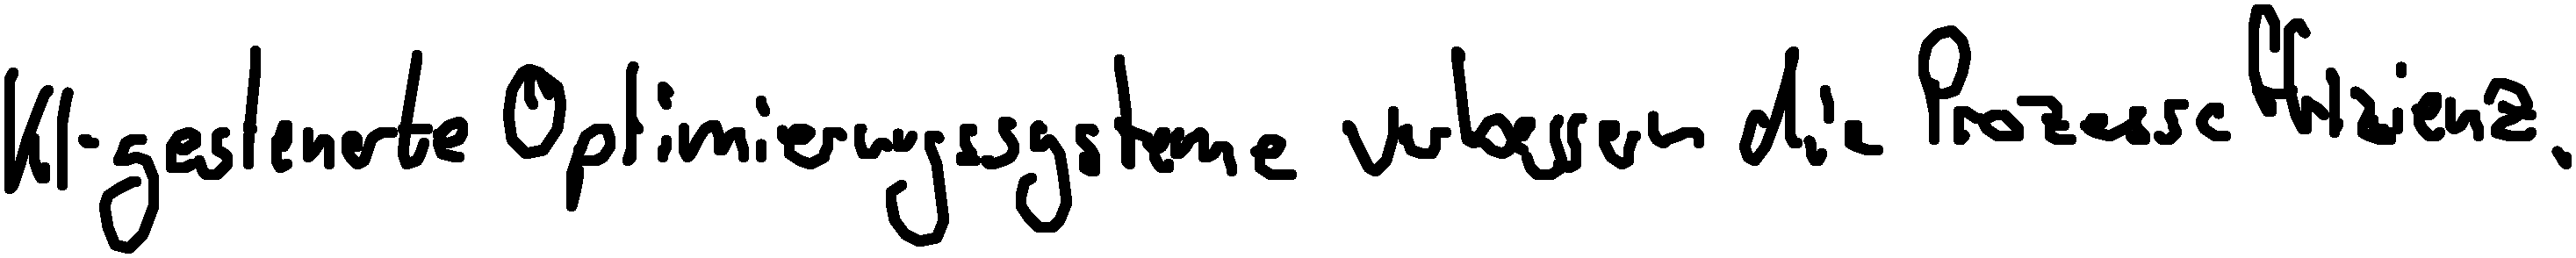
KI-gesteuerte Optimierungssysteme verbessern die Prozesseffizienz.